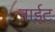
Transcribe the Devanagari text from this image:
नाईट